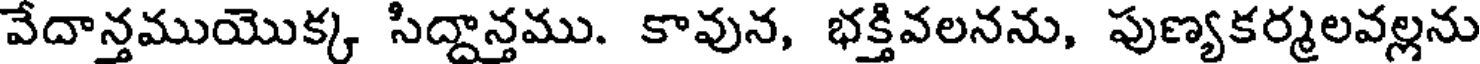
వేదాన్తముయొక్క సిద్దాన్తము. కావున, భక్తివలనను, పుణ్యకర్మలవల్లను